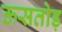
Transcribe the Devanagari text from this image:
ऊसतोड़